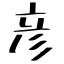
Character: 彦